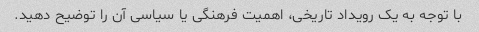
با توجه به یک رویداد تاریخی، اهمیت فرهنگی یا سیاسی آن را توضیح دهید.